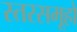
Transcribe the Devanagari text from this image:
स्तरसमूहों